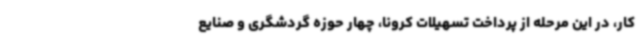
کار، در این مرحله از پرداخت تسهیلات کرونا، چهار حوزه گردشگری و صنایع